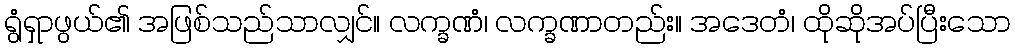
ရွံရှာဖွယ်၏ အဖြစ်သည်သာလျှင်။ လက္ခဏံ၊ လက္ခဏာတည်း။ အဒေတံ၊ ထိုဆိုအပ်ပြီးသော